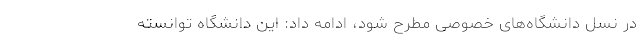
در نسل دانشگاه‌های خصوصی مطرح شود، ادامه داد: این دانشگاه توانسته